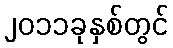
၂၀၁၁ခုနှစ်တွင်